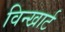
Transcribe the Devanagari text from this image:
विन्खार्ट